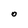
Character: O